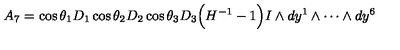
A _ { 7 } = \cos \theta _ { 1 } D _ { 1 } \cos \theta _ { 2 } D _ { 2 } \cos \theta _ { 3 } D _ { 3 } \Big ( H ^ { - 1 } - 1 \Big ) I \wedge d y ^ { 1 } \wedge \cdots \wedge d y ^ { 6 }